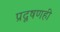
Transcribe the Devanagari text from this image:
प्रदूषणही